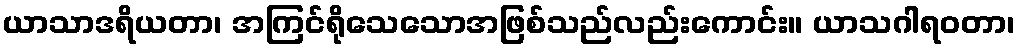
ယာသာဒရိယတာ၊ အကြင်ရိုသေသောအဖြစ်သည်လည်းကောင်း။ ယာသဂါရဝတာ၊